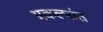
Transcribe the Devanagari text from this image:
प्रकल्पांत